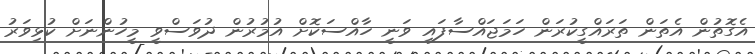
އެގޮތުން އެތަން ތަރައްގީކުރަން ހަމަޖައްސާފައި ވަނީ ހާއްސަކޮށް އުމުރުން ދުވަސްވީ މީހުންނަށް ކުޅިވަރު